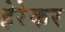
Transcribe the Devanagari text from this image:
हेरेकर